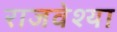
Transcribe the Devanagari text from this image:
राजवेश्या